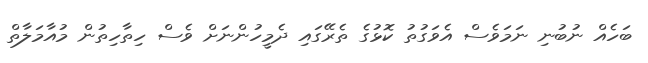
ބަހެއް ނުބުނި ނަމަވެސް އެވަގުތު ކޮޅުގެ ތެރޭގައި ދެމީހުންނަށް ވެސް ހިތާހިތުން މުއާމަލާތް